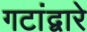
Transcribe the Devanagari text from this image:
गटांद्वारे